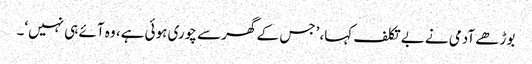
بوڑھے آدمی نے بے تکلف کہا، ’جس کے گھر سے چوری ہوئی ہے، وہ آئے ہی نہیں‘۔